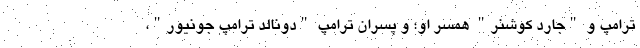
ترامپ و "جارد کوشنر" همسر او؛ و پسران ترامپ "دونالد ترامپ جونیور"،